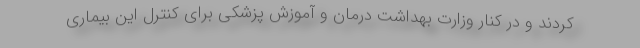
کردند و در کنار وزارت بهداشت درمان و آموزش پزشکی برای کنترل این بیماری